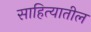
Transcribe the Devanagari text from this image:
साहित्‍यातील